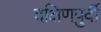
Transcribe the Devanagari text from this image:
दक्षिणपुर्वी